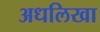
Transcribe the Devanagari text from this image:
अधलिखा